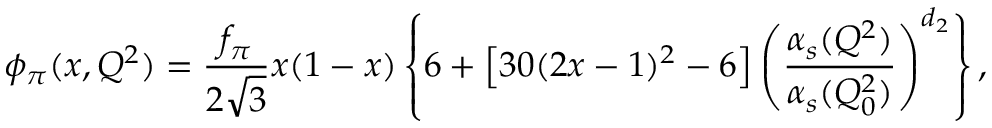
\phi _ { \pi } ( x , Q ^ { 2 } ) = \frac { f _ { \pi } } { 2 \sqrt { 3 } } x ( 1 - x ) \left\{ 6 + \left[ 3 0 ( 2 x - 1 ) ^ { 2 } - 6 \right] \left( \frac { \alpha _ { s } ( Q ^ { 2 } ) } { \alpha _ { s } ( Q _ { 0 } ^ { 2 } ) } \right) ^ { d _ { 2 } } \right\} ,